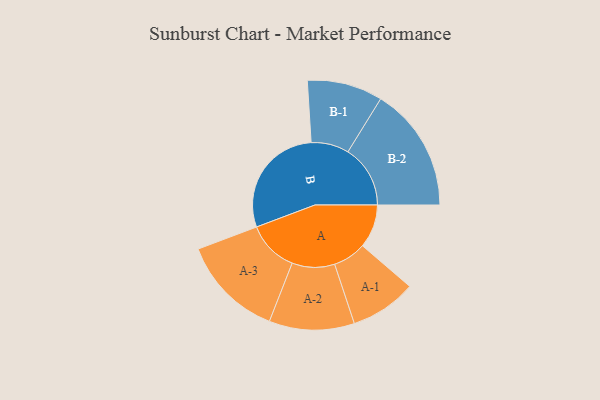
{"axis": {"x": "Segment", "y": "Value"}, "legend": ["", "A", "B"], "data": [{"x": "A", "y": 189, "type": ""}, {"x": "B", "y": 498, "type": ""}, {"x": "A-1", "y": 144, "type": "A"}, {"x": "A-2", "y": 185, "type": "A"}, {"x": "A-3", "y": 223, "type": "A"}, {"x": "B-1", "y": 164, "type": "B"}, {"x": "B-2", "y": 271, "type": "B"}]}